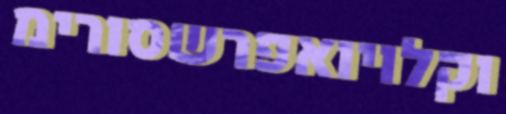
וקלויואפרשסורימ